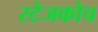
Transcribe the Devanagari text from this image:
स्‍टेजकोच